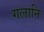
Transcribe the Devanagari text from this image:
गलानि